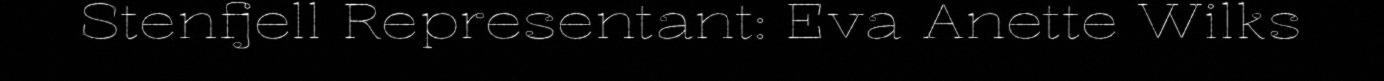
Stenfjell Representant: Eva Anette Wilks